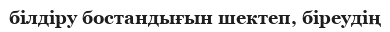
білдіру бостандығын шектеп, біреудің